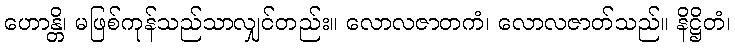
ဟောန္တိ၊ မဖြစ်ကုန်သည်သာလျှင်တည်း။ လောလဇာတကံ၊ လောလဇာတ်သည်။ နိဋ္ဌိတံ၊